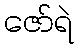
ဇော်ရဲ